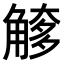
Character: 𧤌